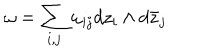
\omega = \sum _ { i , j } \omega _ { i j } d z _ { i } \wedge d \bar { z } _ { j }